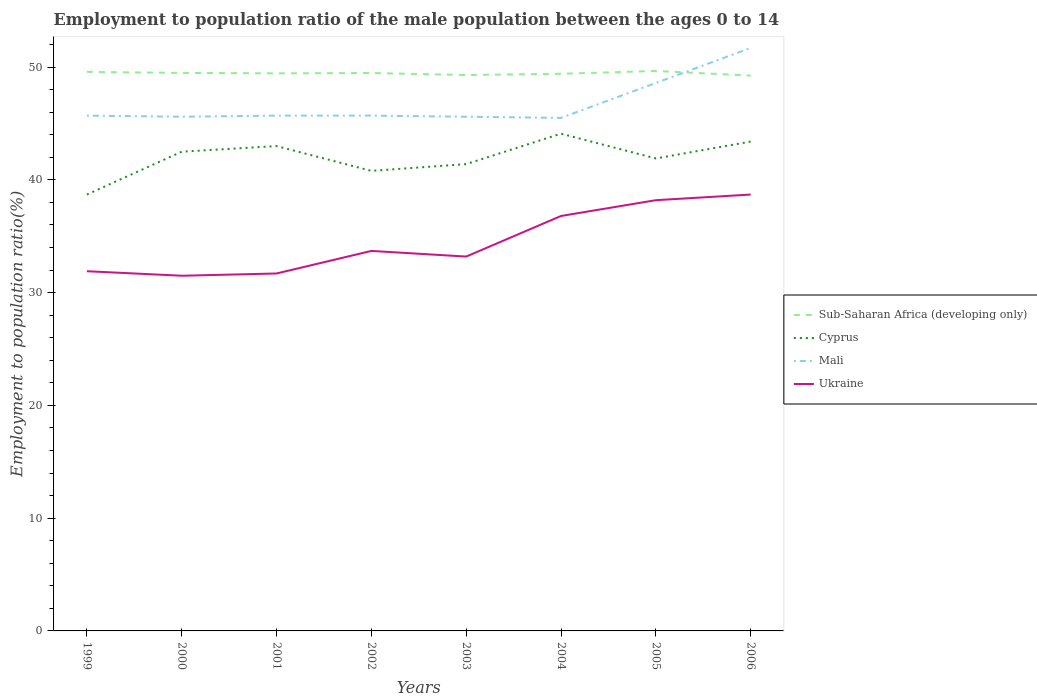
| Years | Sub-Saharan Africa (developing only) | Cyprus | Mali | Ukraine |
 | --- | --- | --- | --- | --- |
 | 1999 | 49.6 | 38.7 | 45.7 | 31.9 |
 | 2000 | 49.5 | 42.5 | 45.6 | 31.5 |
 | 2001 | 49.4 | 43 | 45.7 | 31.7 |
 | 2002 | 49.5 | 40.8 | 45.7 | 33.7 |
 | 2003 | 49.3 | 41.4 | 45.6 | 33.2 |
 | 2004 | 49.4 | 44.1 | 45.5 | 36.8 |
 | 2005 | 49.7 | 41.9 | 48.6 | 38.2 |
 | 2006 | 49.2 | 43.4 | 51.7 | 38.7 |